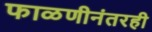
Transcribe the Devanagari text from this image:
फाळणीनंतरही